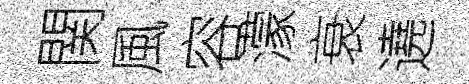
関風容濛衰遶